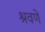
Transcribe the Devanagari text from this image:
श्रवणें